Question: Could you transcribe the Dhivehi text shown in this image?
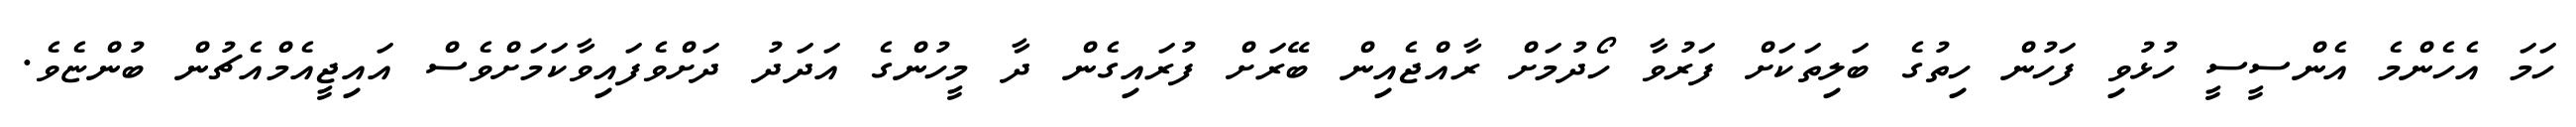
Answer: ހަމަ އެހެންމެ އެންސީސީ ހުޅުވި ފަހުން ހިތުގެ ބަލިތަކަށް ފަރުވާ ހޯދުމަށް ރާއްޖެއިން ބޭރަށް ފުރައިގެން ދާ މީހުންގެ އަދަދު ދަށްވެފައިވާކަމަށްވެސް އައިޖީއެމްއެޗުން ބުންޏެވެ.